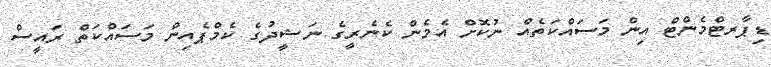
ޑިޕާރޓްމެންޓް އިން މަސައްކަތެއް ނުކޮށް އެމެން ކެނެރީގެ ނަޝީދުގެ ކެމްޕެއިން މަސައްކަތް ރައީސް